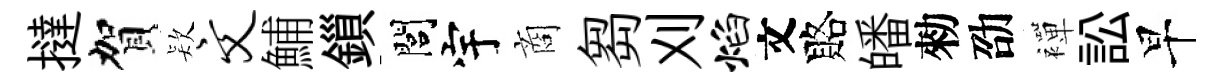
撻賀𣣇文鯆鎻閭宇商芻刈焰文賂皤勑劭襌訟早